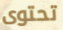
تحتوى